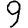
Digit: 9